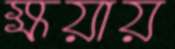
ক্ষয়ায়